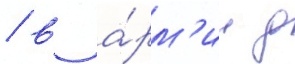
/ в а́рм'ии д